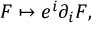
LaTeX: F \mapsto e ^ { i } \partial _ { i } F ,